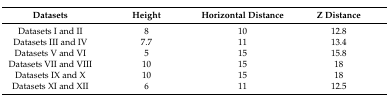
<table><thead><tr><td><b>Datasets</b></td><td><b>Height</b></td><td><b>Horizontal Distance</b></td><td><b>Z Distance</b></td></tr></thead><tbody><tr><td>Datasets I and II</td><td>8</td><td>10</td><td>12.8</td></tr><tr><td>Datasets III and IV</td><td>7.7</td><td>11</td><td>13.4</td></tr><tr><td>Datasets V and VI</td><td>5</td><td>15</td><td>15.8</td></tr><tr><td>Datasets VII and VIII</td><td>10</td><td>15</td><td>18</td></tr><tr><td>Datasets IX and X</td><td>10</td><td>15</td><td>18</td></tr><tr><td>Datasets XI and XII</td><td>6</td><td>11</td><td>12.5</td></tr></tbody></table>